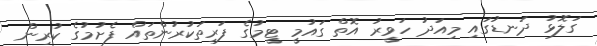
ގަލޮޅު ދަނޑުގައި މިއަދު ހަވީރު އޮތް ގައުމީ ޓީމުގެ ފަރިތަކުރުންތައް ފެށުމުގެ ކުރިން